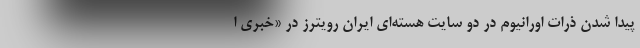
پیدا شدن ذرات اورانیوم در دو سایت هسته‌ای ایران رویترز در «خبری ا